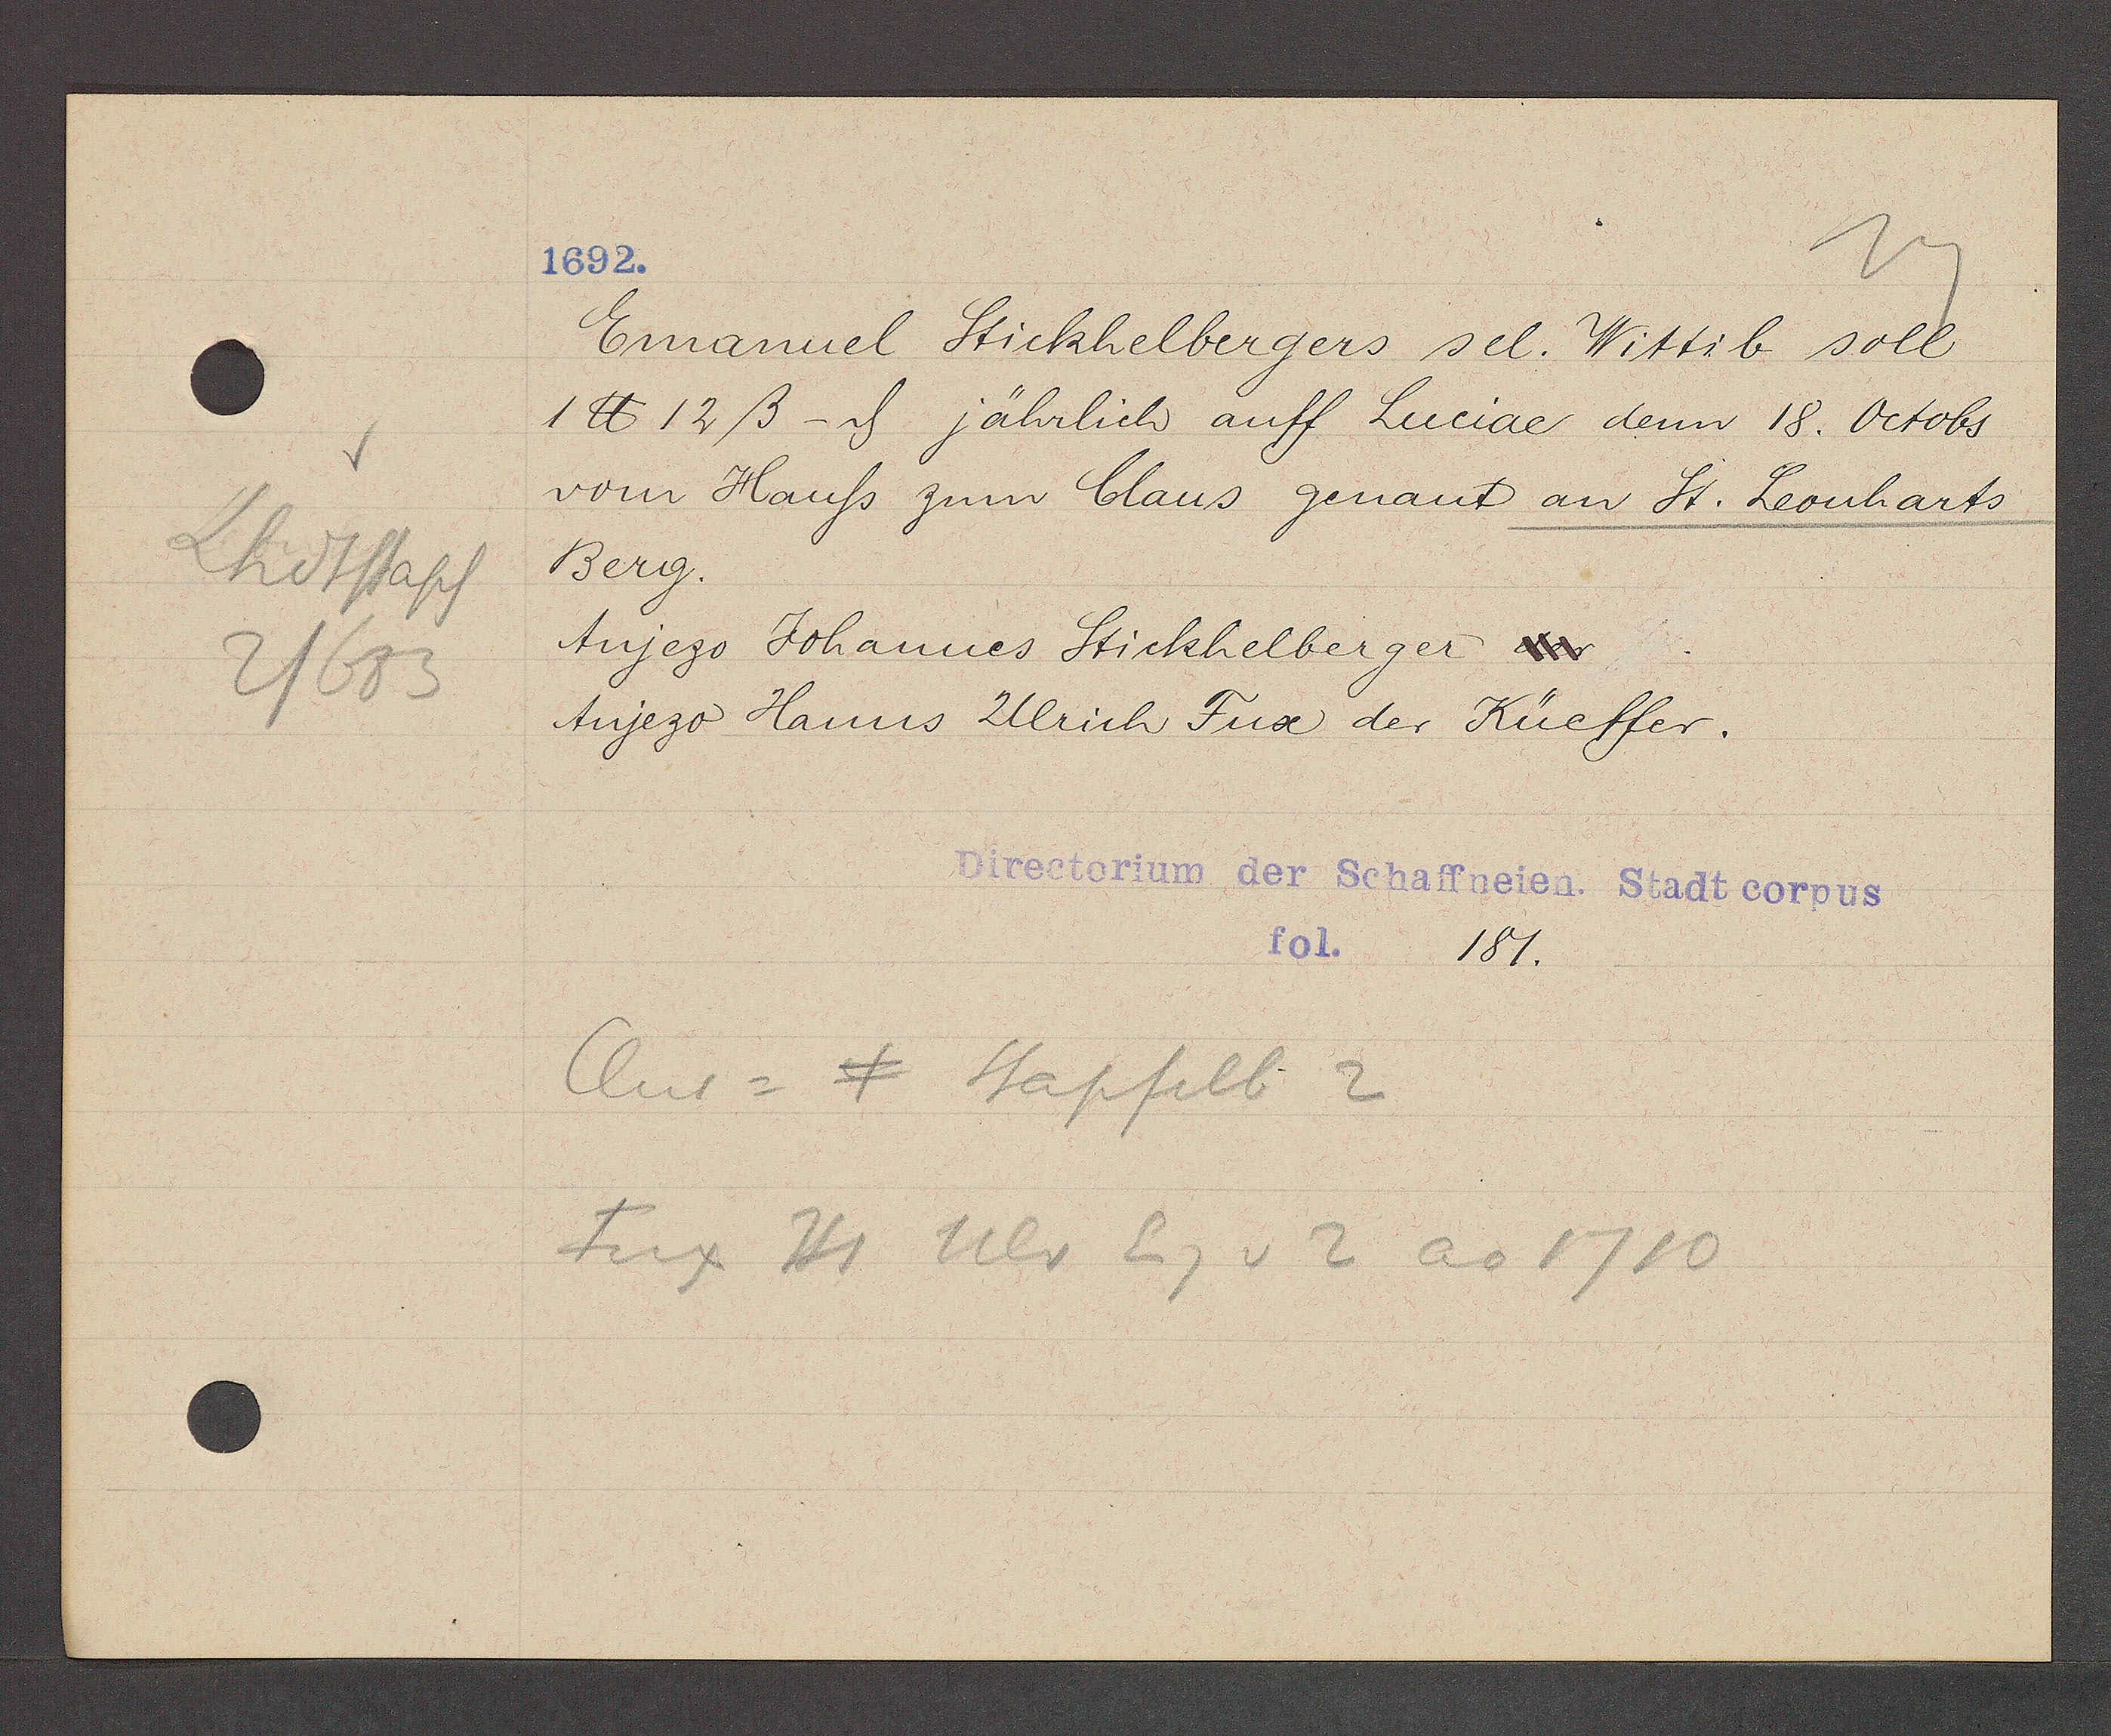
Transcript:
Lhdstapf
2/683

1692.

Emanuel Stickhelbergers sel. Wittib soll
1 ℔ 12ß - ȡ jährlich auff Luciae dem 18. Octobs
vom Hauss zum Claus genant an St. Leonharts
Berg.
Anjezo Johannes Stickhelberger der
Anjezo Hanns Ulrich Fux der Küeffer.

Directorium der Schaffneien, Stadt corpus
fol 181.

Clus = 4 Stapfelb 2
Fux Hs Ulr Eig v 2 ao 1710